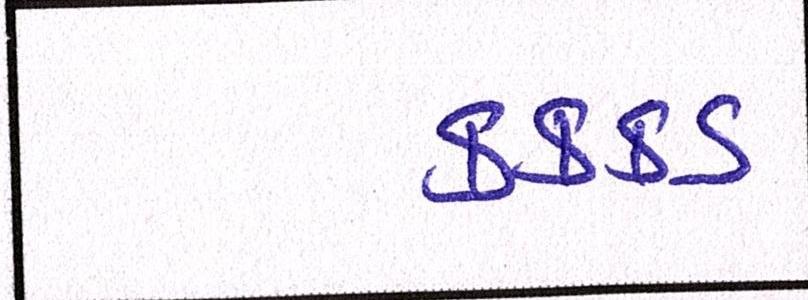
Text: કક્કડ